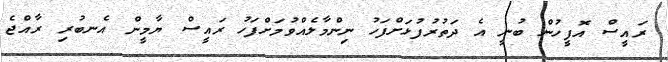
ރައީސް އޮފީހުން ބުނީ އެ ދަތުރުފުޅަށްފަހު ނިންމާލެއްވުމަށްފަހު ރައީސް ޔާމީން އެނބުރި ރާއްޖެ